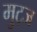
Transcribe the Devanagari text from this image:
मुट्‌ज